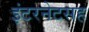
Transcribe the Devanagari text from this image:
इंटरनेटसह